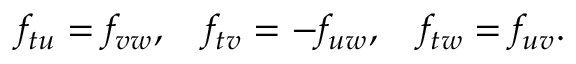
f _ { t u } = f _ { v w } , \quad f _ { t v } = - f _ { u w } , \quad f _ { t w } = f _ { u v } .